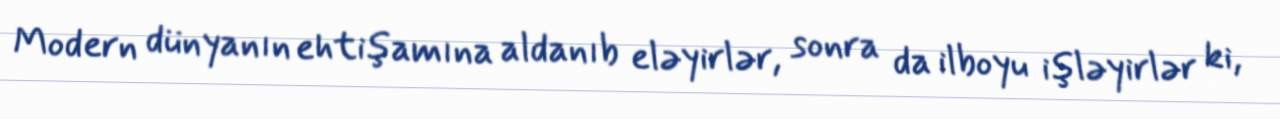
Modern dünyanın ehtişamına aldanıb eləyirlər, sonra da ilboyu işləyirlər ki,